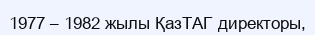
1977 – 1982 жылы ҚазТАГ директоры,